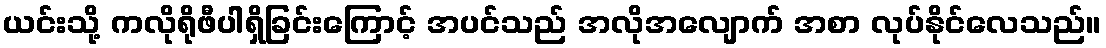
ယင်းသို့ ကလိုရိုဖီပါရှိခြင်းကြောင့် အပင်သည် အလိုအလျောက် အစာ လုပ်နိုင်လေသည်။